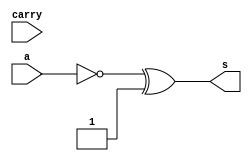
// -------------------------
// Exemplo0025 - cal complemento de 2
// Nome: Lorena Danielle Gonalves Bento 
// -------------------------
// ------------------------- 
// cal complemento de 2
// ------------------------- 

module compl (output [5:0]s, input [5:0]a, input carry); 
	//-- descrever por portas 
	                              // EXPERIMENTAR A DEFINICAO POR PORTAS !!!
	assign carry = 1;
	assign s = ~(a) ^ carry;
	
endmodule // compl 

module test_compl; 
// ------------------------- definir dados 
	reg [5:0] x; 	 
	reg carry;
	wire [5:0] r; 
	
// ------------------------- instancia
	compl modulo(r, x, carry);

// ------------------------- parte principal 
	initial begin 
		$display("Exemplo0025 - Lorena Danielle Gonalves Bento  - 435049"); 
		$display("Teste Complemento de 2"); 
		
		x = 6'b000001;
		carry = 1;				
		#1 $display("%b = %b", x, r);
		
		x = 6'b000010;	
		carry = 1;	
		#1 $display("%b = %b", x, r);
		
		x = 6'b010101;		
		carry = 1;
		#1 $display("%b = %b", x, r);
		
	end 
endmodule // test_compl